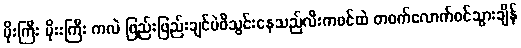
မိုးကြီး မိုးးကြီး ကလဲ ဖြည်းဖြည်းချင်ပဲဖိသွင်းနေသည်လီးကဖင်ထဲ တဝက်လောက်ဝင်သွားချိန်